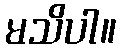
မသိပါ။